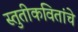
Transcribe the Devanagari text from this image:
स्तुतीकवितांचे